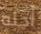
أجله